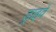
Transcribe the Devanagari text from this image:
ड्राइवें